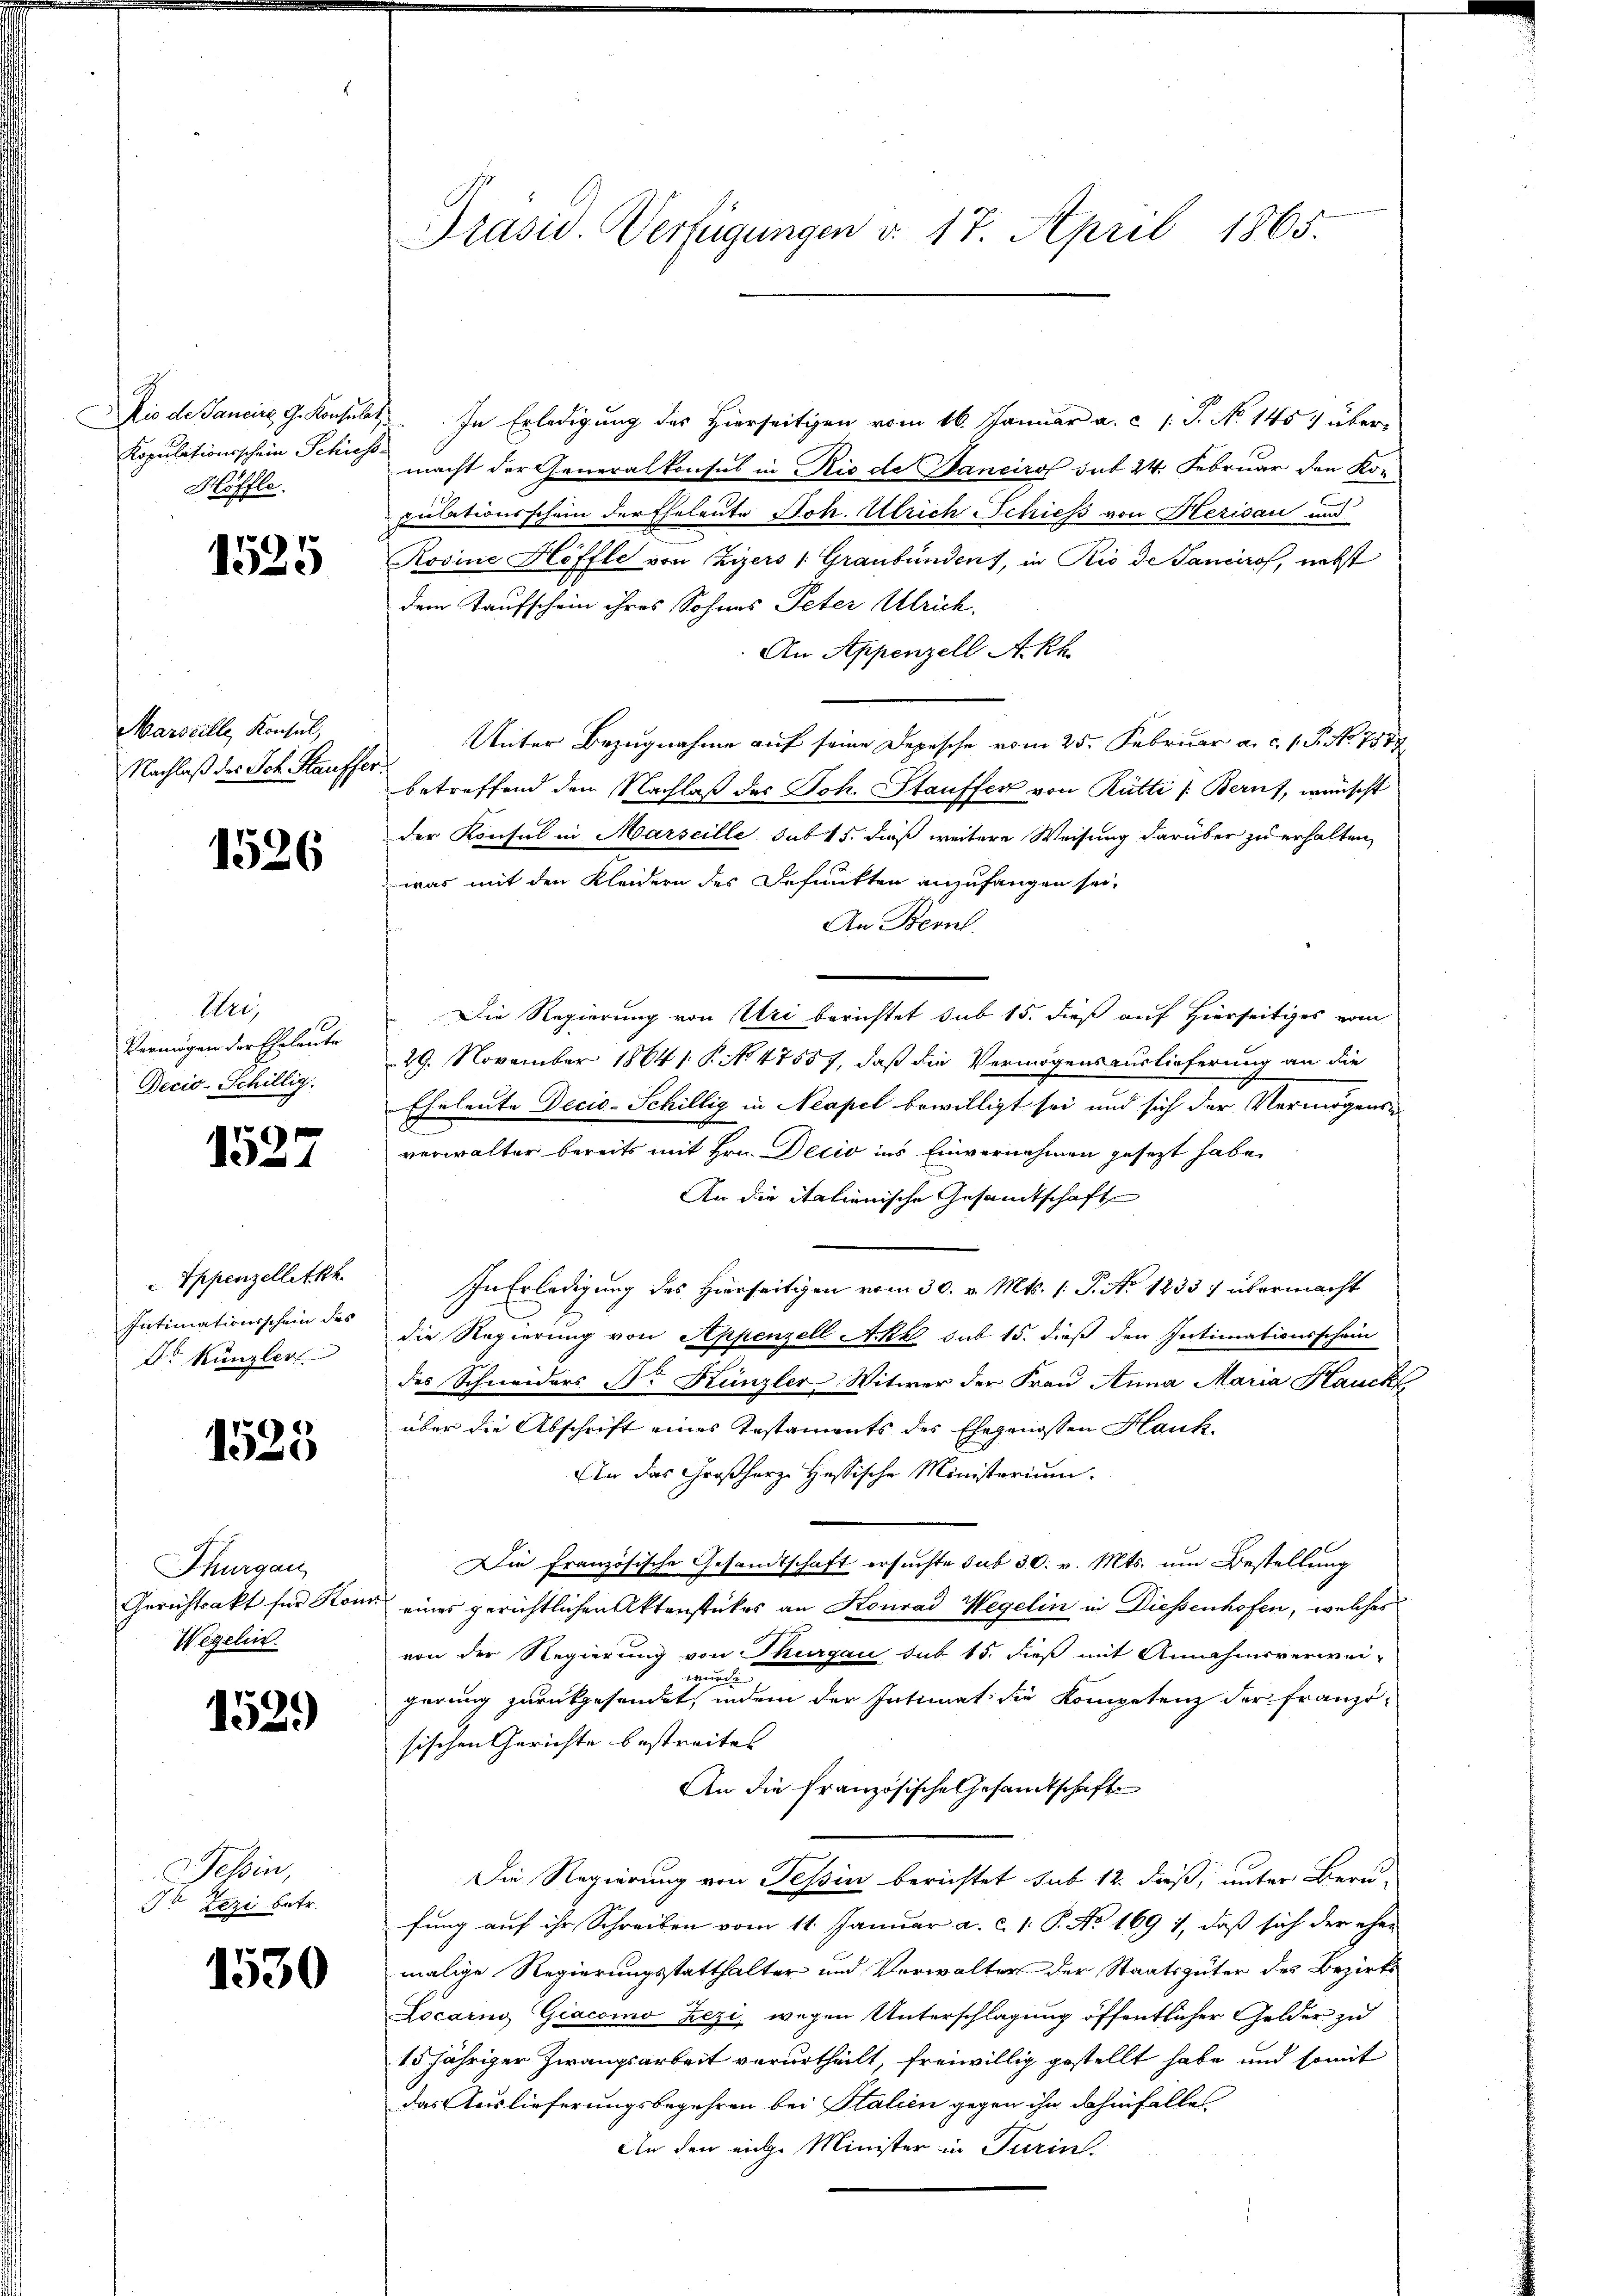
Höffle

1525

Marseille, Konsul,
Nachlaß des Joh. Stauffer¬

1526

Wer,
Vermögen der Eheleute
Decis-Schillig.

1527

Appenzelletth
Intimationsschein des
Dr Künzler

1525

Thurgau
Wezelin.

1529

Tessin,
t Zezi betr.

1530

Dis de Sancire G. Konsult. In Erledigung des Hierseitigen vom 16. Januar a. c. l. J. No 1457 über-
Kopulationsschein Schicht macht der Generalkonsul in Rio de Hancirof das 24. Februar den Konpulationsschein der Eheleute Joh. Ulrich Schiess von Herisau und
Rosine Höffte von Zizers (Graubünden, in Rio de Sanciros, nebst
dem Kaufschein ihres Sohnes Peter Ulrich.
An Appenzell A.Rh.
Unter Bezugnahme auf seine Depische vom 25. Februar a.c. s. S. Nr. 754
betreffend den Nachlaß des Joh. Stauffer von Rütti /: Beruf, wünscht
der Konsul in Marseille sub 15. dieß weitere Weisung darüber zu erhalten,
was mit den Kleidern des Befunkten anzufangen sei.
An Bern.
Die Regierung von Uri berichtet sub 15. dieß auf Hierseitiges vom
29. November 1864 1. P. No 47557, daß die Vermögensauslieferung an die
Eheleute Decis-Schillig in Neapel bewilligt sei und sich der Vermögense
verwalter bereits mit Hrn. Decio ins Einvernehmen gesezt habe.
An die italienische Gesandtschaft
In Erledigung des Hierseitigen vom 30. v. Mts. 1 S. No 1233. übermacht
die Regierung von Appenzell Akt sub 15. dieß den Intimationsschein
des Schneiders Dr Künzler Witwer der Frau Anna Maria Hauck
über die Abschrift eines Instaments des Ehegenossen Hauk.
Ein das Großherz Hessische Ministerium.
Die Französische Gesandtschaft ersuchte sub 30. v. Mts. um Bestellung
Gerichtsakt für Kon eines gerichtlichen Aktenstückes an Konrad Wegelin in Diessenhofen, welches
von der Regierung von Thurgau sub 15. dieß mit Annahmsverwei-
wurde
gerung zurückgesendet, indem der Intimat die Kompetenz der Franzö-
sischen Gerichte bestreites
An die französische Gesandtschaft
Die Regierung von Tessin berichtet sub 12 dieß, unter Berufung auf ihr Schreiben vom 11. Januar a. c. 1. P. No 169 1, daß sich der eher
malige Regierungsstatthalter und Verwalter der Staatsgüter des Bezirks
Locarno Giacomo Zezi wegen Unterschlagung öffentlicher Gelder zu
15 jähriger Zwangsarbeit verurtheilt, freiwillig gestellt habe und somit
das Auslieferungsbegehren bei Stalien gegen ihn dahinfälle
An den eiche Minister in Turin

Prasiv. Verfügungen v. 17. April 1865.